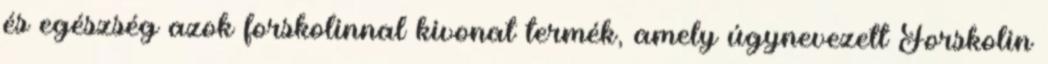
és egészség azok forskolinnal kivonat termék, amely úgynevezett Forskolin